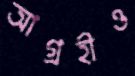
আগ্রহীও